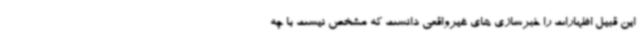
این قبیل اظهارات را خبرسازی های غیرواقعی دانست که مشخص نیست با چه